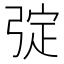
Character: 𢏹